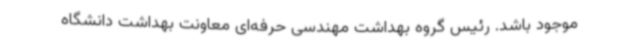
موجود باشد. رئیس گروه بهداشت مهندسی حرفه‌ای معاونت بهداشت دانشگاه